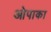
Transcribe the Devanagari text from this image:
ओपाका